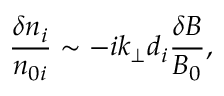
\frac { \delta n _ { i } } { n _ { 0 i } } \sim - i k _ { \perp } d _ { i } \frac { \delta B } { B _ { 0 } } ,